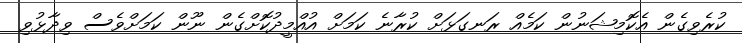
ކުރެވިގެން އެކޮމިޝަނުން ކަމެއް ރަނގަޅަށް ކުރާނެ ކަމަށް އުއްމީދުކޮށްގެން ނޫން ކަމަށްވެސް ވިދާޅުވި